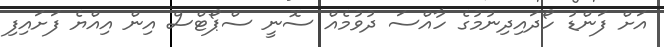
އަށް ފަންޑު ހޯދައިދިނުމުގެ ހާއްސަ ދުވުމެއް ސޮނީ ސްޕޯޓްސް އިން އިއްޔެ ފަށައިފި